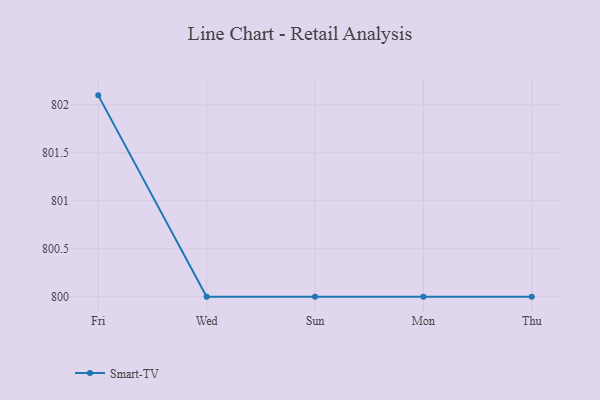
{"axis": {"x": "Day", "y": "Market Share (%)"}, "legend": ["Smart-TV"], "data": [{"x": "Fri", "y": 802.1, "type": "Smart-TV"}, {"x": "Wed", "y": 800, "type": "Smart-TV"}, {"x": "Sun", "y": 800, "type": "Smart-TV"}, {"x": "Mon", "y": 800, "type": "Smart-TV"}, {"x": "Thu", "y": 800, "type": "Smart-TV"}]}